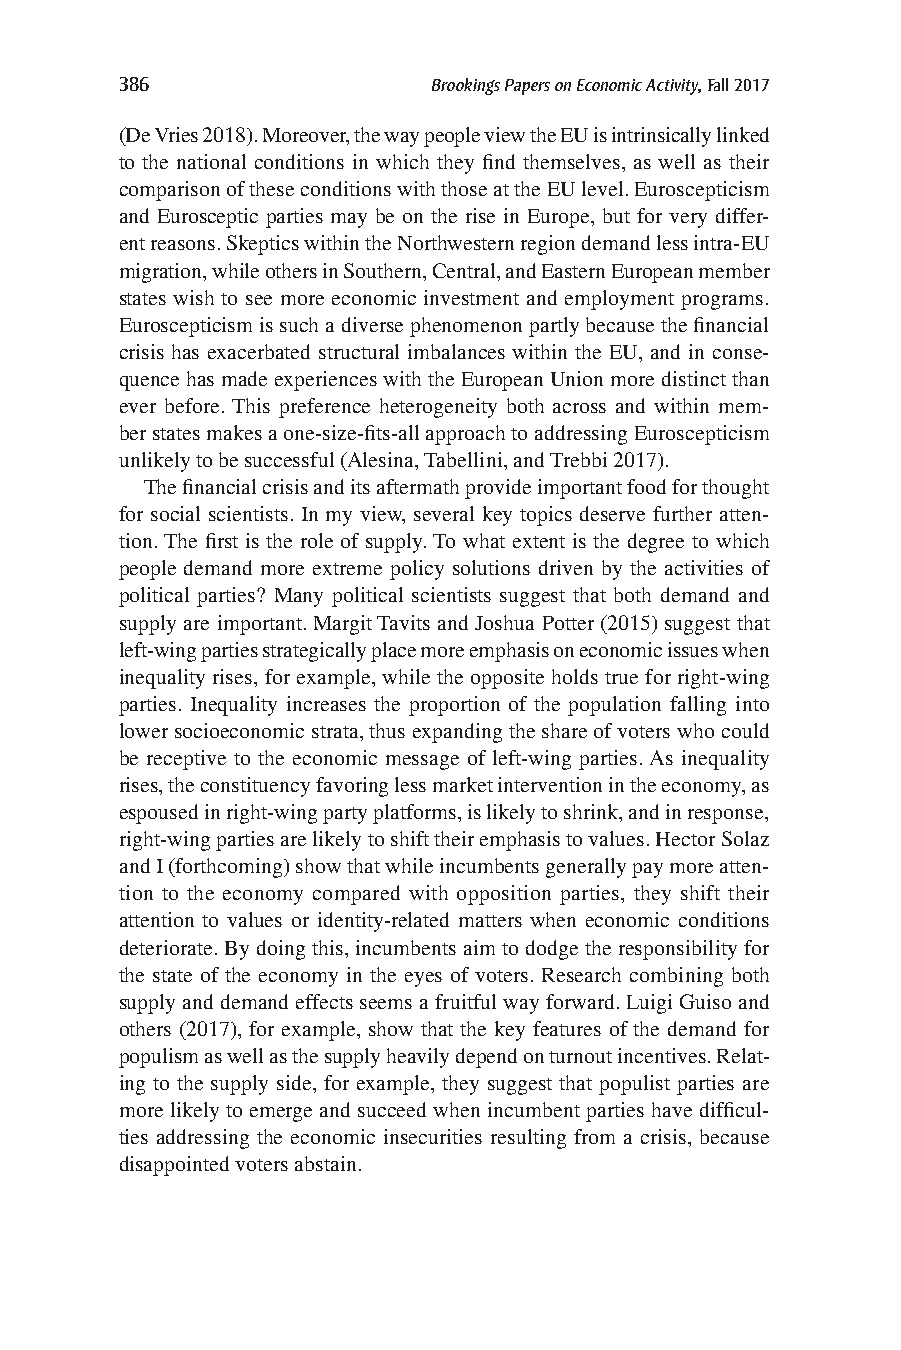
386                  Brookings Papers on Economic Activity, Fall 2017
 (De Vries 2018). Moreover, the way people view the EU is intrinsically linked
 to the national conditions in which they find themselves, as well as their
 comparison of these conditions with those at the EU level. Euroscepticism
 and Eurosceptic parties may be on the rise in Europe, but for very differ-
 ent reasons. Skeptics within the Northwestern region demand less intra-EU
 migration, while others in Southern, Central, and Eastern European member
 states wish to see more economic investment and employment programs.
 Euroscepticism is such a diverse phenomenon partly because the financial
 crisis has exacerbated structural imbalances within the EU, and in conse-
 quence has made experiences with the European Union more distinct than
 ever before. This preference heterogeneity both across and within mem-
 ber states makes a one-size-fits-all approach to addressing Euroscepticism
 unlikely to be successful (Alesina, Tabellini, and Trebbi 2017).
 The financial crisis and its aftermath provide important food for thought
 for social scientists. In my view, several key topics deserve further atten-
 tion. The first is the role of supply. To what extent is the degree to which
 people demand more extreme policy solutions driven by the activities of
 political parties? Many political scientists suggest that both demand and
 supply are important. Margit Tavits and Joshua Potter (2015) suggest that
 left-wing parties strategically place more emphasis on economic issues when
 inequality rises, for example, while the opposite holds true for right-wing
 parties. Inequality increases the proportion of the population falling into
 lower socioeconomic strata, thus expanding the share of voters who could
 be receptive to the economic message of left-wing parties. As inequality
 rises, the constituency favoring less market intervention in the economy, as
 espoused in right-wing party platforms, is likely to shrink, and in response,
 right-wing parties are likely to shift their emphasis to values. Hector Solaz
 and I (forthcoming) show that while incumbents generally pay more atten-
 tion to the economy compared with opposition parties, they shift their
 attention to values or identity-related matters when economic conditions
 deteriorate. By doing this, incumbents aim to dodge the responsibility for
 the state of the economy in the eyes of voters. Research combining both
 supply and demand effects seems a fruitful way forward. Luigi Guiso and
 others (2017), for example, show that the key features of the demand for
 populism as well as the supply heavily depend on turnout incentives. Relat-
 ing to the supply side, for example, they suggest that populist parties are
 more likely to emerge and succeed when incumbent parties have difficul-
 ties addressing the economic insecurities resulting from a crisis, because
 disappointed voters abstain.